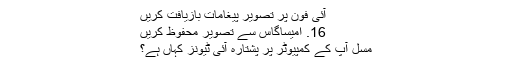
آئی فون پر تصویر پیغامات بازیافت کریں
16. امیساگاس سے تصویر محفوظ کریں
مسل آپ کے کمپیوٹر پر پشتارہ آئی ٹیونز کہاں ہے؟